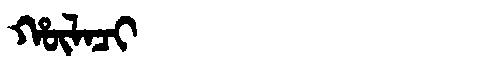
Manchu: ᡥᡡᠯᠠᠴᡳ
Romanization: HŪLACI